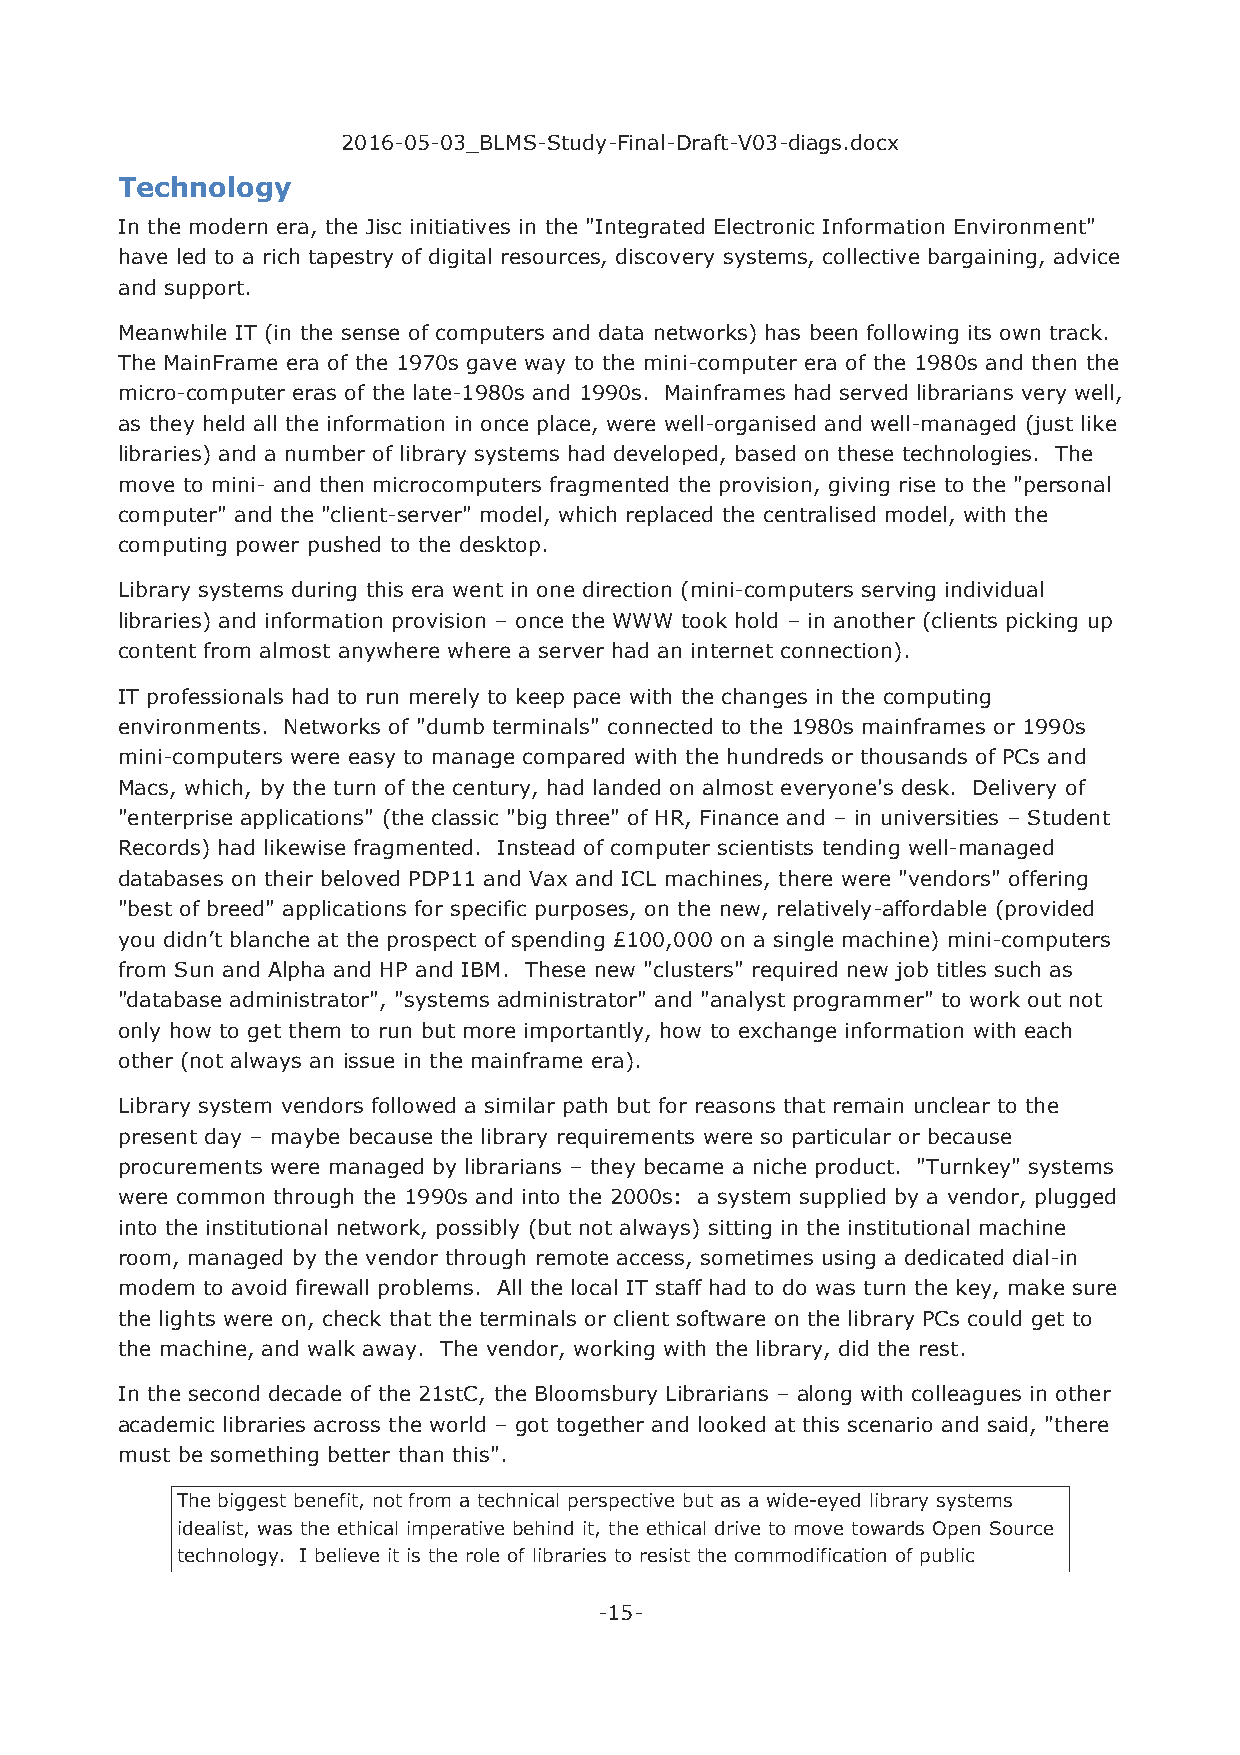
2016-05-03_BLMS-Study-Final-Draft-V03-diags.docx
 Technology
 In the modern era, the Jisc initiatives in the "Integrated Electronic Information Environment"
 have led to a rich tapestry of digital resources, discovery systems, collective bargaining, advice
 and support.
 Meanwhile IT (in the sense of computers and data networks) has been following its own track.
 The MainFrame era of the 1970s gave way to the mini-computer era of the 1980s and then the
 micro-computer eras of the late-1980s and 1990s. Mainframes had served librarians very well,
 as they held all the information in once place, were well-organised and well-managed (just like
 libraries) and a number of library systems had developed, based on these technologies. The
 move to mini- and then microcomputers fragmented the provision, giving rise to the "personal
 computer" and the "client-server" model, which replaced the centralised model, with the
 computing power pushed to the desktop.
 Library systems during this era went in one direction (mini-computers serving individual
 libraries) and information provision – once the WWW took hold – in another (clients picking up
 content from almost anywhere where a server had an internet connection).
 IT professionals had to run merely to keep pace with the changes in the computing
 environments. Networks of "dumb terminals" connected to the 1980s mainframes or 1990s
 mini-computers were easy to manage compared with the hundreds or thousands of PCs and
 Macs, which, by the turn of the century, had landed on almost everyone's desk. Delivery of
 "enterprise applications" (the classic "big three" of HR, Finance and – in universities – Student
 Records) had likewise fragmented. Instead of computer scientists tending well-managed
 databases on their beloved PDP11 and Vax and ICL machines, there were "vendors" offering
 "best of breed" applications for specific purposes, on the new, relatively-affordable (provided
 you didn’t blanche at the prospect of spending £100,000 on a single machine) mini-computers
 from Sun and Alpha and HP and IBM. These new "clusters" required new job titles such as
 "database administrator", "systems administrator" and "analyst programmer" to work out not
 only how to get them to run but more importantly, how to exchange information with each
 other (not always an issue in the mainframe era).
 Library system vendors followed a similar path but for reasons that remain unclear to the
 present day – maybe because the library requirements were so particular or because
 procurements were managed by librarians – they became a niche product. "Turnkey" systems
 were common through the 1990s and into the 2000s: a system supplied by a vendor, plugged
 into the institutional network, possibly (but not always) sitting in the institutional machine
 room, managed by the vendor through remote access, sometimes using a dedicated dial-in
 modem to avoid firewall problems. All the local IT staff had to do was turn the key, make sure
 the lights were on, check that the terminals or client software on the library PCs could get to
 the machine, and walk away. The vendor, working with the library, did the rest.
 In the second decade of the 21stC, the Bloomsbury Librarians – along with colleagues in other
 academic libraries across the world – got together and looked at this scenario and said, "there
 must be something better than this".
 The biggest benefit, not from a technical perspective but as a wide-eyed library systems
 idealist, was the ethical imperative behind it, the ethical drive to move towards Open Source
 technology. I believe it is the role of libraries to resist the commodification of public
 -15-